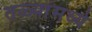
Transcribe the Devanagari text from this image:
तळ्यांमध्ये